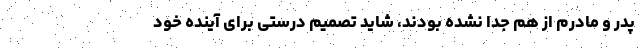
پدر و مادرم از هم جدا نشده بودند، شاید تصمیم درستی برای آینده خود